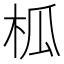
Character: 柧